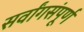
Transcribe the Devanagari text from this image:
सर्वांगसंपूर्ण